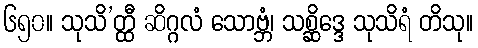
၆၅၀။ သုသိ’တ္ထီ ဆိဂ္ဂလံ သောဗ္ဘံ၊ သစ္ဆိဒ္ဒေ သုသိရံ တိသု။